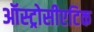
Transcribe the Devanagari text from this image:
ऑस्ट्रोसीएटिक